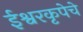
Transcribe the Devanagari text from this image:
ईश्वरकृपेचे